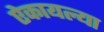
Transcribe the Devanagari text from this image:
ऐकायल्या